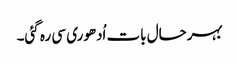
بہرحال بات اُدھوری سی رہ گئی۔